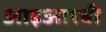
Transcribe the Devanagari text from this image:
आइआरबी